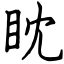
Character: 眈